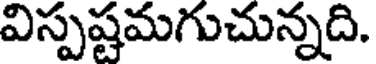
విస్పష్టమగుచున్నది.